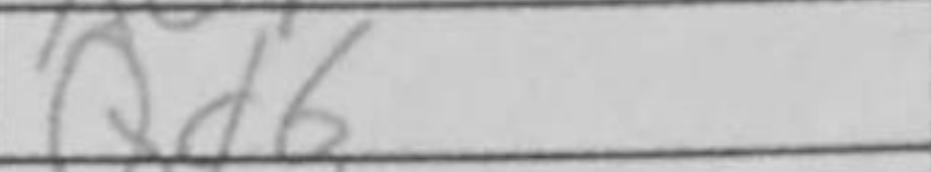
Transcription: Qd6